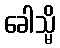
ခေါသ္မိ